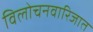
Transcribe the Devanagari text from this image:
विलोचनवारिजात